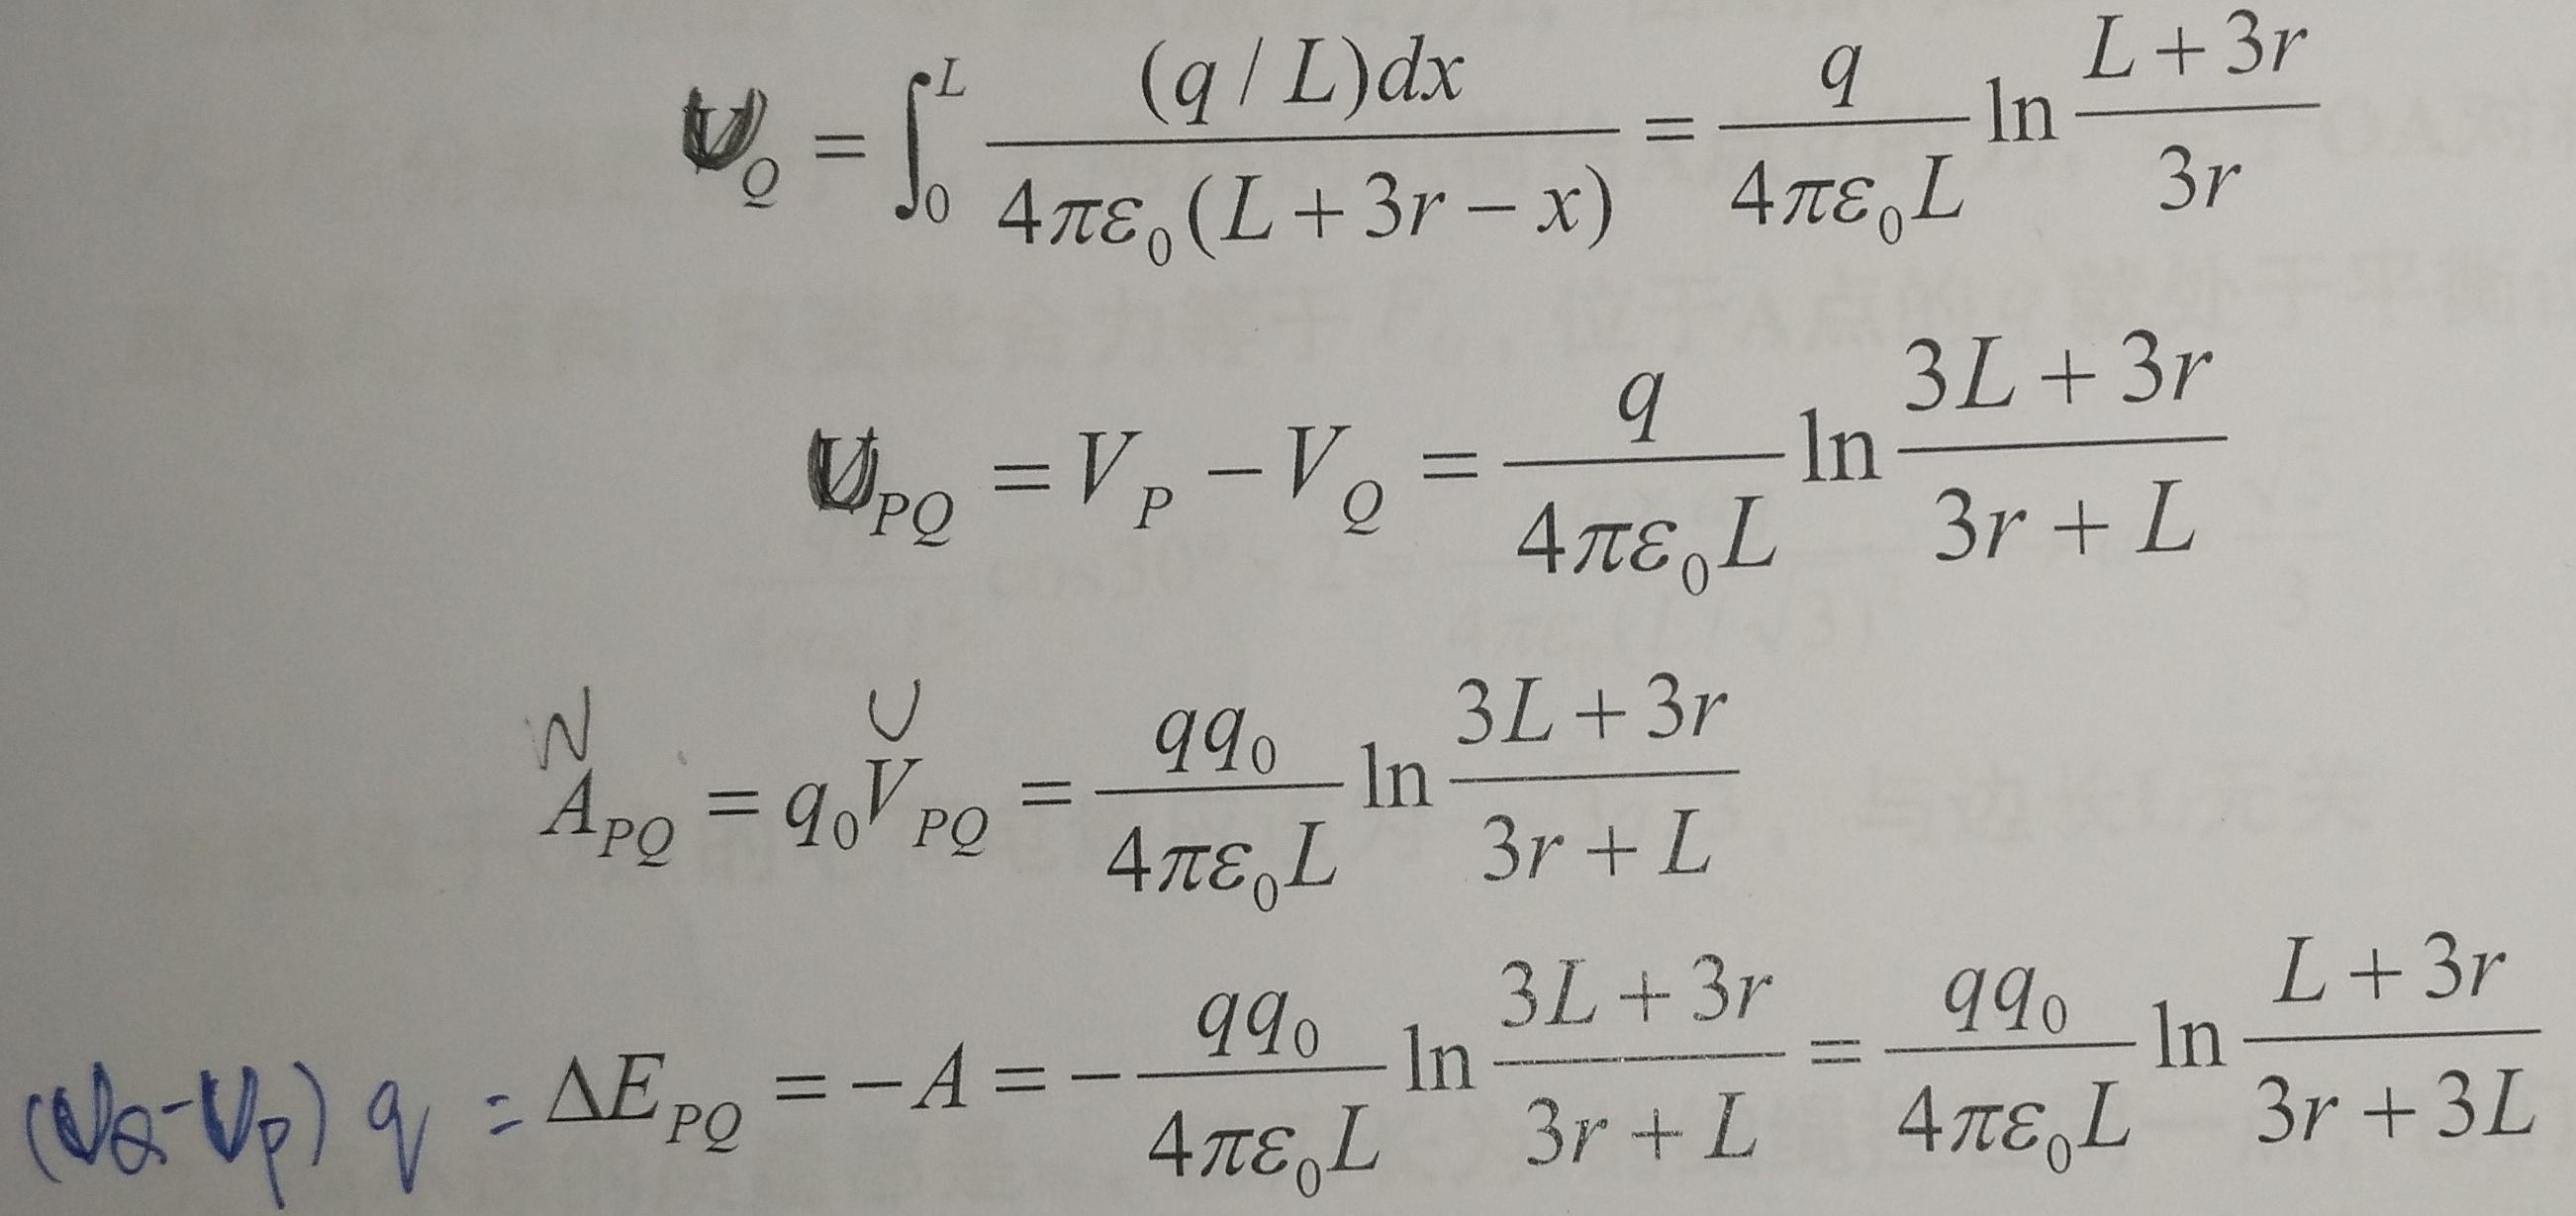
\[
\begin{align*}
\mathcal{V}_Q&=\int_{0}^{L}\frac{(q/L)dx}{4\pi\varepsilon_0(L + 3r - x)}=\frac{q}{4\pi\varepsilon_0L}\ln\frac{L + 3r}{3r}\\
\mathcal{V}_{PQ}&=V_P - V_Q=\frac{q}{4\pi\varepsilon_0L}\ln\frac{3L + 3r}{3r + L}\\
A_{PQ}&=q_0V_{PQ}=\frac{qq_0}{4\pi\varepsilon_0L}\ln\frac{3L + 3r}{3r + L}\\
(V_Q - V_P)q&=\Delta E_{PQ}=-A=-\frac{qq_0}{4\pi\varepsilon_0L}\ln\frac{3L + 3r}{3r + L}=\frac{qq_0}{4\pi\varepsilon_0L}\ln\frac{L + 3r}{3r + 3L}
\end{align*}
\]